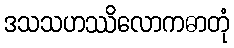
ဒသသဟဿိလောကဓာတုံ